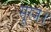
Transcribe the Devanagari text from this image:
सूरज।